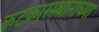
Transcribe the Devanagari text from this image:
कटकारस्थानाच्या